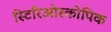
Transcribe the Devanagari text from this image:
स्टिरिओस्कोपिक